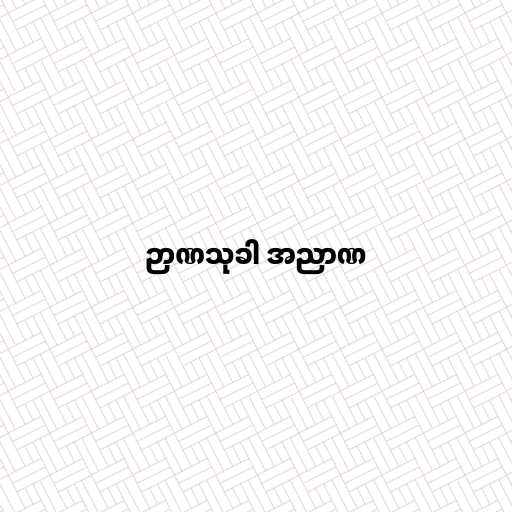
ဉာဏသုခါ အညာဏ